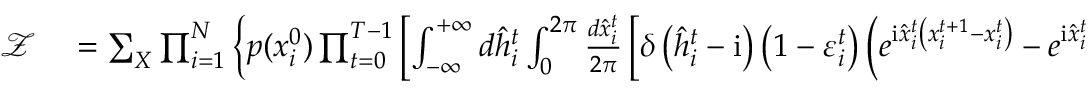
\begin{array} { r l } { \mathcal { Z } } & { { } = \sum _ { \boldsymbol { X } } \prod _ { i = 1 } ^ { N } \left\{ p ( x _ { i } ^ { 0 } ) \prod _ { t = 0 } ^ { T - 1 } \left[ \int _ { - \infty } ^ { + \infty } d \hat { h } _ { i } ^ { t } \int _ { 0 } ^ { 2 \pi } \frac { d \hat { x } _ { i } ^ { t } } { 2 \pi } \left[ \delta \left( \hat { h } _ { i } ^ { t } - \mathrm { i } \right) \left( 1 - \varepsilon _ { i } ^ { t } \right) \left( e ^ { \mathrm { i } \hat { x } _ { i } ^ { t } \left( x _ { i } ^ { t + 1 } - x _ { i } ^ { t } \right) } - e ^ { \mathrm { i } \hat { x } _ { i } ^ { t } \left( x _ { i } ^ { t + 1 } - 1 \right) } \right) + \delta \left( \hat { h } _ { i } ^ { t } \right) e ^ { \mathrm { i } \hat { x } _ { i } ^ { t } \left( x _ { i } ^ { t + 1 } - 1 \right) } \right] \right. \right. } \end{array}